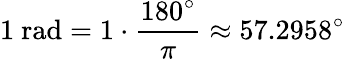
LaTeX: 1{\mathrm{~rad}}=1\cdot{\frac{180^{\circ}}{\pi}}\approx 57.2958^{\circ}